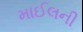
માઈલની